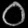
Digit: ၀